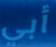
أبي